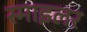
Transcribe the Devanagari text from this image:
स्माइलर